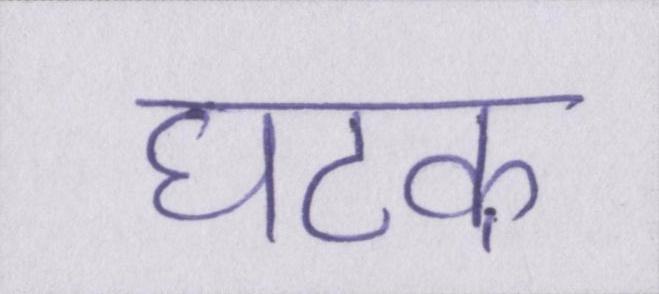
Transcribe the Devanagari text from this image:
घटक